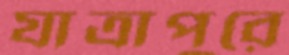
যাত্রাপুরে